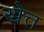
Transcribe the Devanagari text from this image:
खेत्त